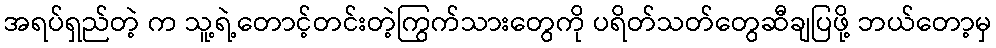
အရပ်ရှည်တဲ့ က သူ့ရဲ့တောင့်တင်းတဲ့ကြွက်သားတွေကို ပရိတ်သတ်တွေဆီချပြဖို့ ဘယ်တော့မှ